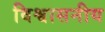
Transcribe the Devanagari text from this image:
विश्वासनीय